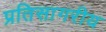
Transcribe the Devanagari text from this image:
प्रतिसागरीय